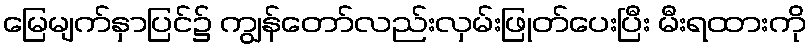
မြေမျက်နှာပြင်၌ ကျွန်တော်လည်းလှမ်းဖြုတ်ပေးပြီး မီးရထားကို